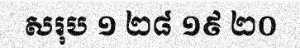
សរុប ១ ២៨ ១៩ ២០